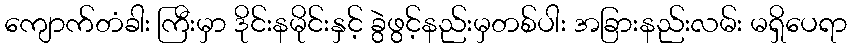
ကျောက်တံခါး ကြီးမှာ ဒိုင်းနမိုင်းနှင့် ခွဲဖွင့်နည်းမှတစ်ပါး အခြားနည်းလမ်း မရှိပေရာ